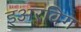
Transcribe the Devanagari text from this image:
इअरविग